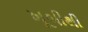
ખૂબીથી